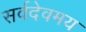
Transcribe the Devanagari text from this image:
सर्वदेवमय